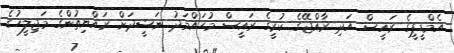
އެމްޑީޕީގެ ރައީސް އަދި ރާއްޖޭގެ ކުރީގެ ރައީސް މުހައްމަދު ނަޝީދަށް ރައްޔިތުންގެ މަޖިލީހުގެ